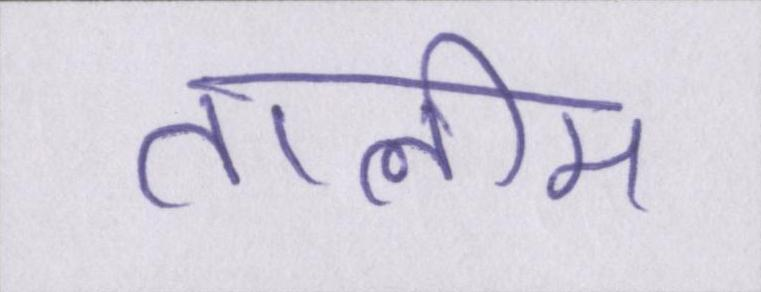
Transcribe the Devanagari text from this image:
तालीम